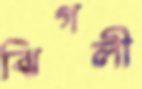
ঝিগলী